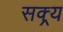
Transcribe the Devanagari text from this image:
सक्र्य